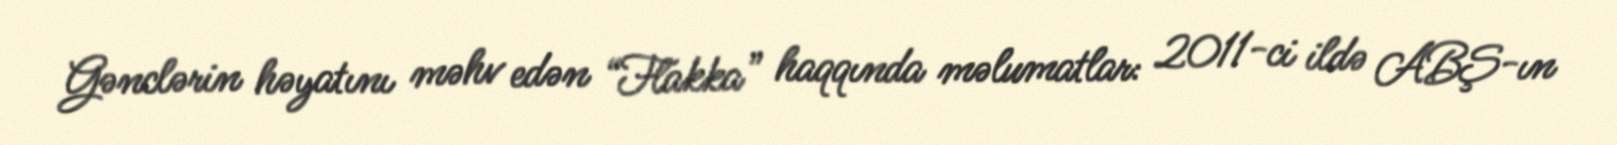
Gənclərin həyatını məhv edən “Flakka” haqqında məlumatlar: 2011-ci ildə ABŞ-ın